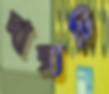
দাঙ্গাটি